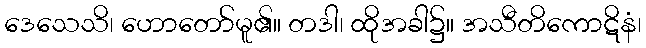
ဒေသေသိ၊ ဟောတော်မူ၏။ တဒါ၊ ထိုအခါ၌။ အသီတိကောဋိနံ၊